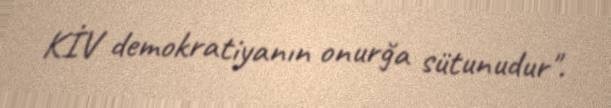
KİV demokratiyanın onurğa sütunudur".